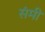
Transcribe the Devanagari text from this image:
संमी